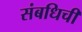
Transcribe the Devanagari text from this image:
संबधिची